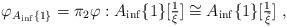
LaTeX: \begin{align*}\varphi_{A_{\inf}\{1\}} = \pi_2 \varphi: A_{\inf}\{1\}[\tfrac 1\xi]\cong A_{\inf}\{1\}[\tfrac 1{\tilde\xi}]\ ,\end{align*}